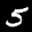
Label: 5